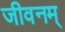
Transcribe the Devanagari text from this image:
जीवनम्